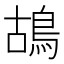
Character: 鴣